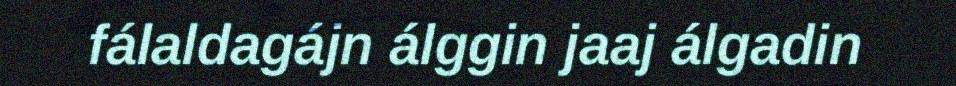
fálaldagájn álggin jaaj álgadin